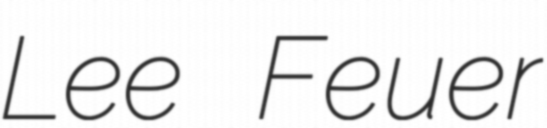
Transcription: Lee Feuer